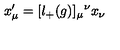
x _ { \mu } ^ { \prime } = [ l _ { + } ( g ) ] _ { \mu } { } ^ { \nu } x _ { \nu }